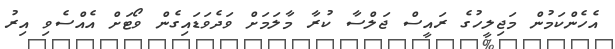
އެހެންކަމުން މަޖިލީހުގެ ރައީސް ޖަލްސާ ކުރާ މާލަމަށް ވަދެވަޑައިގެން ވޯޓަށް އެއްސެވި އިރު